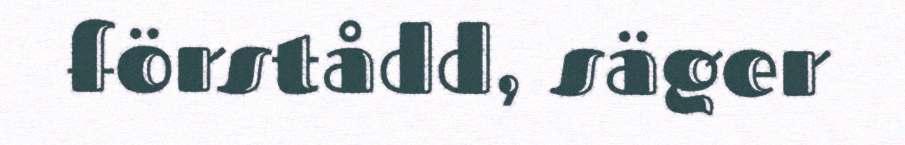
förstådd, säger